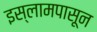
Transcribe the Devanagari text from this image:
इस्लामपासून